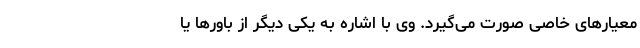
معیارهای خاصی صورت می‌گیرد. وی با اشاره به یکی دیگر از باورها یا